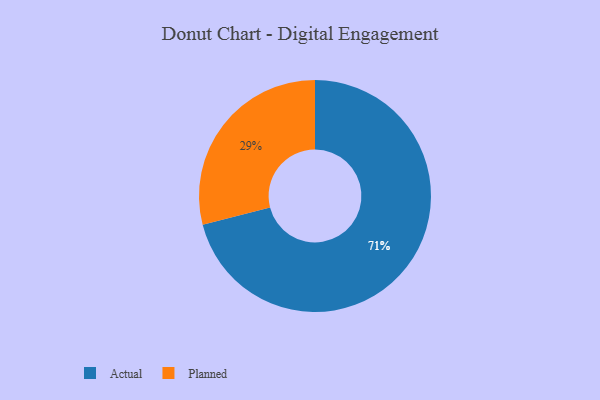
{"axis": {"x": "Category", "y": "Percentage"}, "legend": ["Actual", "Planned"], "data": [{"x": "Actual", "y": 71, "type": "Actual"}, {"x": "Planned", "y": 29, "type": "Planned"}]}